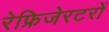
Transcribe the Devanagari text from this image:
रेफ्रिजेरटरों